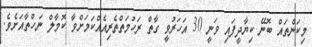
މިކަންތައް ބޮނޭ ކިޔާދީފައި ވަނީ 30 އަހަރުވީ ގާތް ރަހުމަތްތެރިއެއްކަމަށްވާ ކޮމާލް ނަހްތާއަށެވެ.